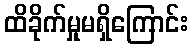
ထိခိုက်မှုမရှိကြောင်း